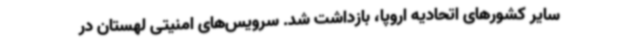
سایر کشورهای اتحادیه اروپا، بازداشت شد. سرویس‌های امنیتی لهستان در